Annual report on the working of the lock hospitals in the Central Provinces
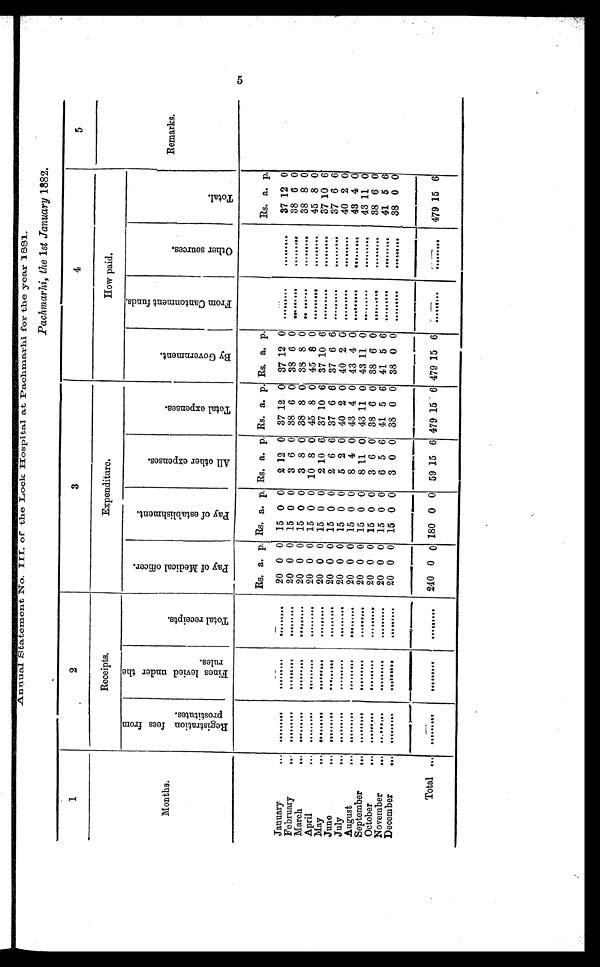
Annual Statement No. III. of the Lock Hospital at Pachmarhi for the year 1881.
Pachmarhi, the 1 st January 1882.
1
2
3
4
5
Months.
Receipts.
Expenditure.
How paid.
Remarks.
R e g i s t r a t i o n f e e s f r o m p r o s t i t u t e s .
F i n e s l e v i e d u n d e r t h e r u l e s .
T o t a l r e c e i p t s .
P a y o f M e d i c a l o f f i c e r .
P a y o f e s t a b l i s h m e n t .
A l l o t h e r e x p e n s e s .
T o t a l e x p e n s e s . B y G o v e r n m e n t .
F r o m C a n t o n m e n t f u n d s .
O t h e r s o u r c e s .
T o t a l .
Rs. a. p. Rs. .
p. Rs. a. p. Rs. a. p. Rs. a. p.
Rs. a. p.
January .
. . . . . .
. . .
. . .
. . .
. . .
. . . . . .
. . . 20 0 0 15 0 0
2 12 0 37 12 0 37 12 0
. . .
. . .
. . . . . .
. . . ...
37 12 0
February
.••
. . . . . .
. . .
. . .
. . .
. . .
. . .
... . . .
20 0 0 15 0 0
3 6 0 38 6 0
3 8 6 0
. . . . . .
. . . . . .
. . . . . .
38 6 0
March
• • •
. . . . . .
. . .
. . .
. . .
. . .
. . . . . . . . .
20 0 0 15 0 0
3 8 0 38 8 0 38 8 0
. . . . . . . . . . . .
. . . . . .
38 8 0
April
.
. . . . . .
. . .
. . . . . . . . .
. . . . . . . . .
20 0 0 15 0 0 10 8 0 45 8 0 45 8
0
. . . . . .
. . . . . .
. . . . . .
45 8 0
May
...
. . .
...
. . .
. . . . . . . . .
. . . . . . . . .
20 0 0 15 0 0
2 10 6 37 10 6 37 10
6
. . . . . .
. . . . . .
. . . . . .
37 10 6
June
.
. . . . . .
. . .
. . .
... . . .
. . . . . . ...
20 0 0 15 0 0
2 6 6 37 6 6 37 6 6
. . .
. . .
. . . . . .
. . . . . .
37 6 6
July
,,
. . . . . .
. . .
. . . . . .
. . .
. . . . . .
. . .
20 0 0 15 0 0
5 2 0 40 2 0 40 2
0
. . . . . .
. . . . . .
. . . . . .
40 2 0
August
.
. . . . . .
. . .
. . . . . .
. . .
. . . . . . . . .
20 0 0 15 0 0
8 4 0 43 4 0 43 4
0
. . . . . .
. . . . . .
. . .
...
43 4 0
September
„,
. . . . . .
. . .
. . . . . .
. . .
. . . . . . . . .
20 0 0 15 0 0
8 11 0 43 11 0 43 11 0
. . . . . .
. . . . . .
. . .
. . . 43 11 0
October
.-
. . . . . .
. . .
. . . . . .
. . .
. . . . . . . . .
20 0 0 15 0 0
3 6 0 38 6 0 38 6
0
. . . . . .
. . . . . .
. . .
. . . 38 6 0
November
f n ••
. . . . . .
. . .
. . . . . .
. . .
. . . . . . . . .
20 0 0 15 0 0
6 5 6 41 5 6 41 5
0
. . . . . .
. . . . . .
. . .
. . . 41 5 6
December
...
. . .
. . .
. . . . . .
. . .
. . .
... . . .
. . .
20 0 0 15 0 0
3 0 0 38 0 0 38 0
0
. . .
. . .
. . . . . .
. . .
. . . 38 0 0
Total ...
. . .
. . .
. . .
. . . . . .
. . .
. . . . . . . . .
240 0 0 180 0 0
5 9
15
6
479 15 6 479 15 6
. . .
. . .
. . .
. . . . . .
. . . 479 15 6
5